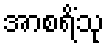
အာစရိံသု